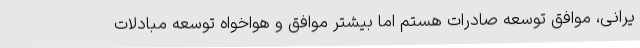
یرانی، موافق توسعه صادرات هستم اما بیشتر موافق و هواخواه توسعه مبادلات